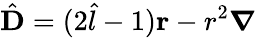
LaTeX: {\hat{\mathbf{D}}}=(2{\hat{l}}-1)\mathbf{r}-r^{2}{\boldsymbol{\nabla}}